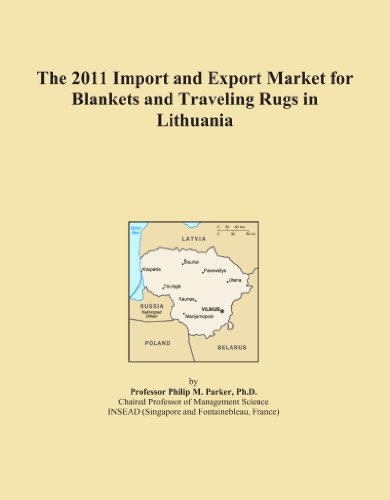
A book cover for The 2011 Import and Export Market for Blankets and Traveling Rugs in Lithuania; Icon Group International; Travel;